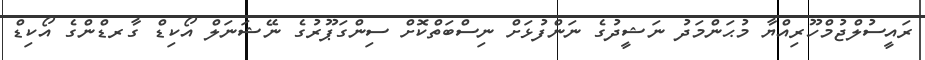
ރައީސުލްޖުމްހޫރިއްޔާ މުޙަންމަދު ނަޝީދުގެ ނަންފުޅަށް ނިސްބަތްކޮށް ސިންގަޕޫރުގެ ނޭޝަނަލް އޯކިޑް ގާރޑްންގެ އޯކިޑް